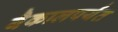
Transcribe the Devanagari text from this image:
बैकालपर्यंत